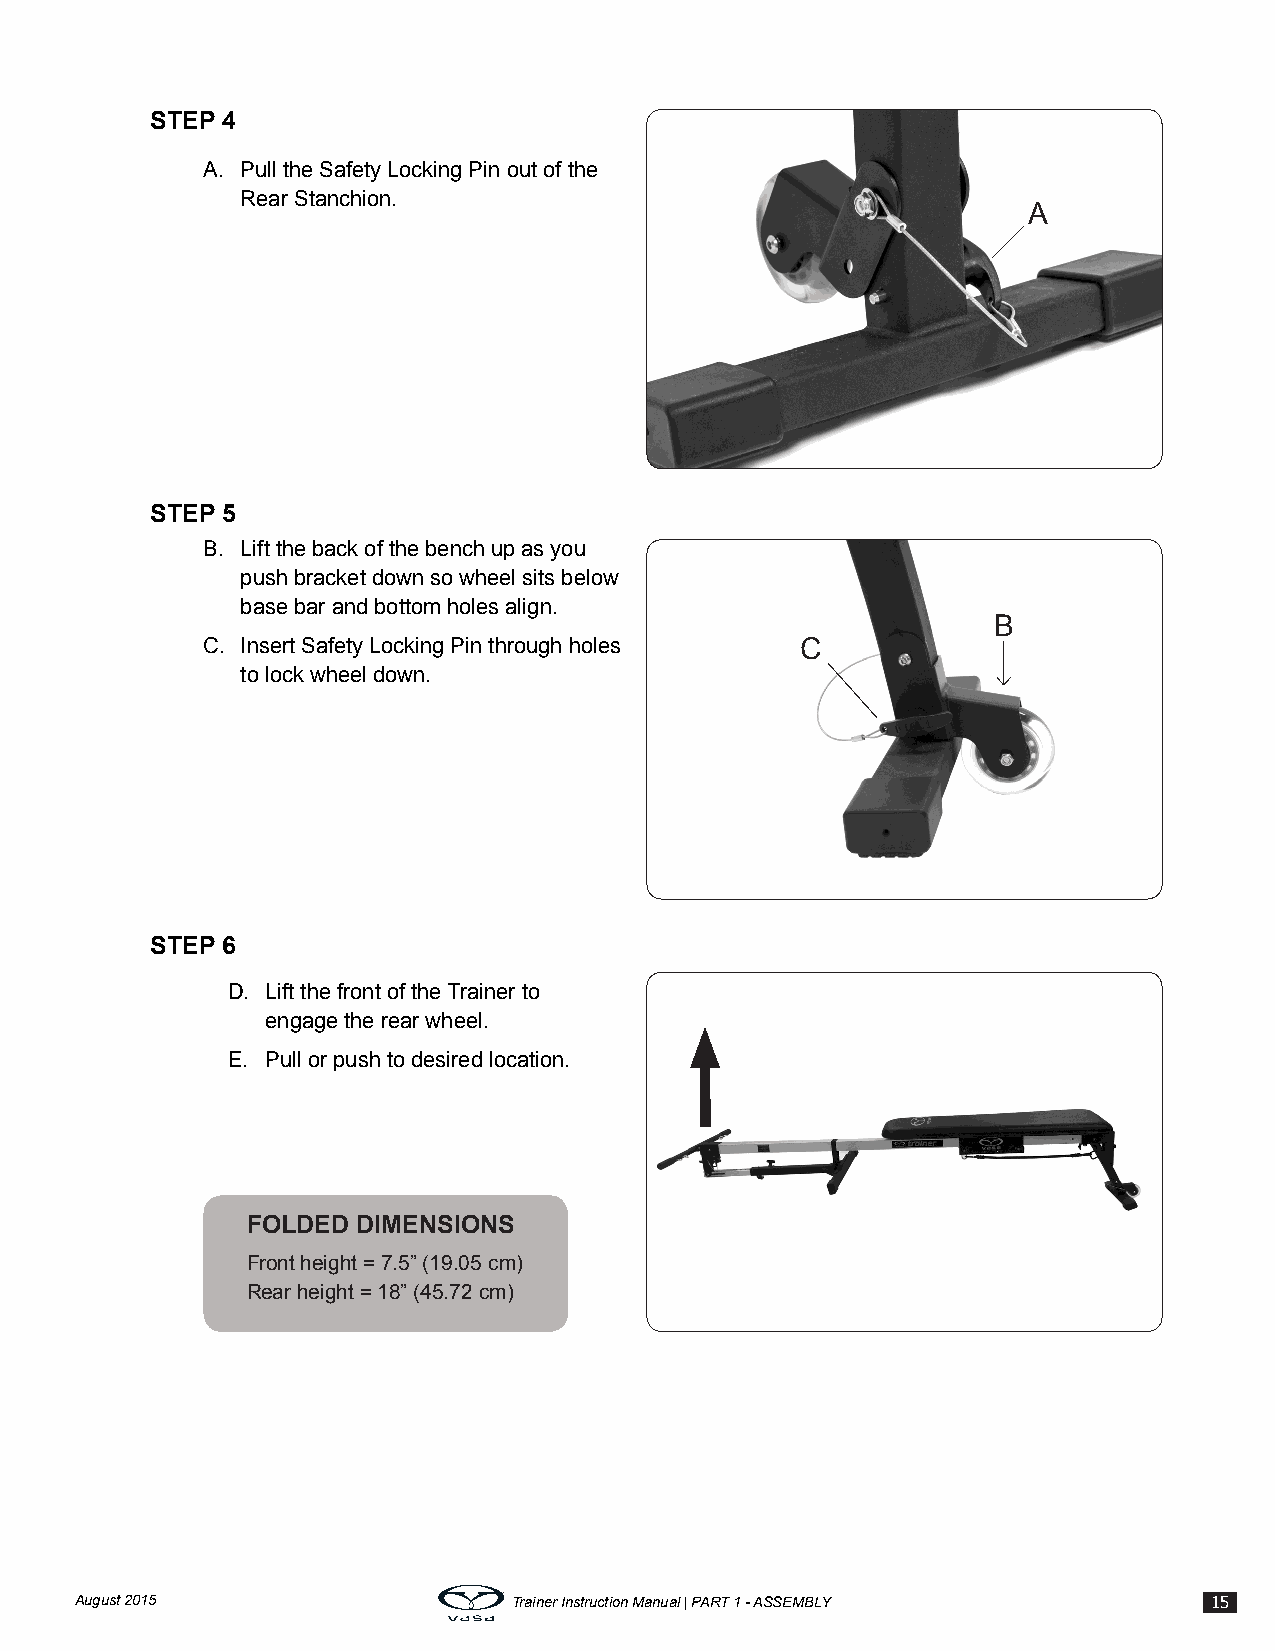
STEP 4
 A. Pull the Safety Locking Pin out of the
 Rear Stanchion.
 A
 STEP 5
 B. Lift the back of the bench up as you
 push bracket down so wheel sits below
 base bar and bottom holes align.
 B
 C. Insert Safety Locking Pin through holes C
 to lock wheel down.
 STEP 6
 D. Lift the front of the Trainer to
 engage the rear wheel.
 E. Pull or push to desired location.
 FOLDED  DIMENSIONS
 Front height = 7.5” (19.05 cm)
 Rear height = 18” (45.72 cm)
 August 2015                  Trainer Instruction Manual | PART 1 - ASSEMBLY 15